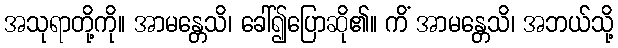
အသုရာတို့ကို။ အာမန္တေသိ၊ ခေါ်၍ပြောဆို၏။ ကိံ အာမန္တေသိ၊ အဘယ်သို့